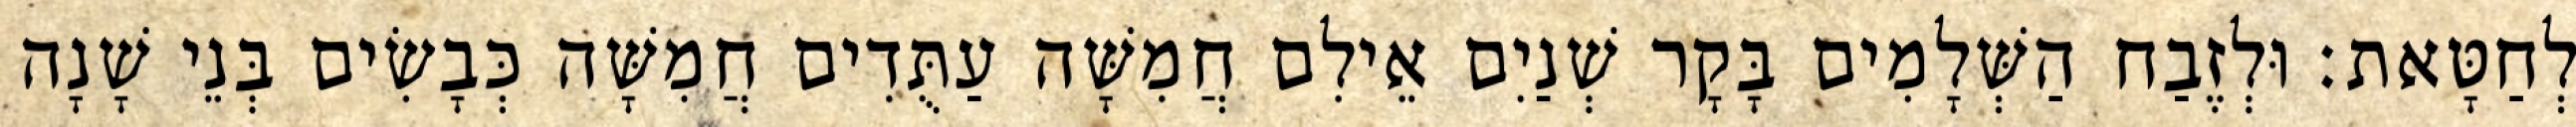
לְחַטָּאת׃ וּלְזֶבַח הַשְּׁלָמִים בָּקָר שְׁנַיִם אֵילִם חֲמִשָּׁה עַתֻּדִים חֲמִשָּׁה כְּבָשִׂים בְּנֵי שָׁנָה